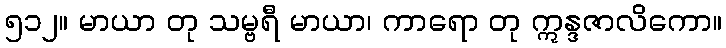
၅၁၂။ မာယာ တု သမ္ဗရီ မာယာ၊ ကာရော တု ဣန္ဒဇာလိကော။